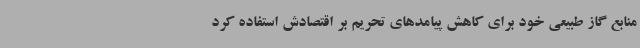
منابع گاز طبیعی خود برای کاهش پیامدهای تحریم بر اقتصادش استفاده کرد